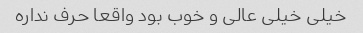
خیلی خیلی عالی و خوب بود واقعا حرف نداره